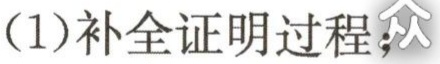
(1)补全证明过程：